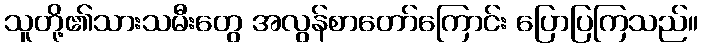
သူတို့၏သားသမီးတွေ အလွန်စာတော်ကြောင်း ပြောပြကြသည်။